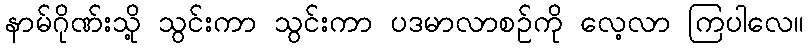
နာမ်ဂိုဏ်းသို့ သွင်းကာ သွင်းကာ ပဒမာလာစဉ်ကို လေ့လာ ကြပါလေ။